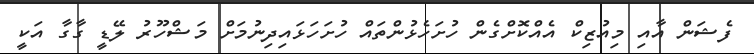
ފެޝަން އާއި މިއުޒިކް އެއްކޮށްގެން ހުށަހެޅުންތައް ހުށަހަޅައިދިނުމަށް މަޝްހޫރު ލޭޑީ ގާގާ އަކީ